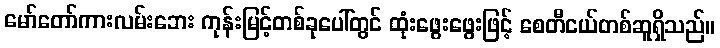
မော်တော်ကားလမ်းဘေး ကုန်းမြင့်တစ်ခုပေါ်တွင် ထုံးဖွေးဖွေးဖြင့် စေတီငယ်တစ်ဆူရှိသည်။